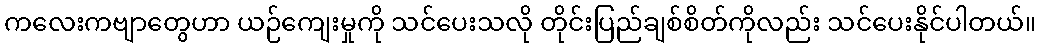
ကလေးကဗျာတွေဟာ ယဉ်ကျေးမှုကို သင်ပေးသလို တိုင်းပြည်ချစ်စိတ်ကိုလည်း သင်ပေးနိုင်ပါတယ်။